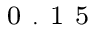
_ \mathrm { ~ 0 ~ . ~ 1 ~ 5 ~ }